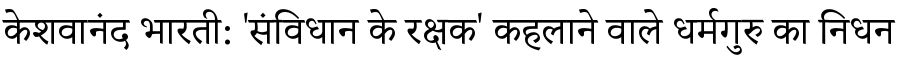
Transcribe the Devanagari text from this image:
केशवानंद भारती: 'संविधान के रक्षक' कहलाने वाले धर्मगुरु का निधन